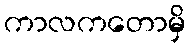
ကာလကတောမှိ